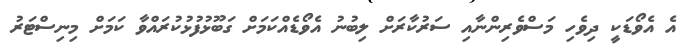
އެ އެވޯޑަކީ ދިވެހި މަސްވެރިންނާއި ސަރުކާރަށް ލިބުނު އެވޯޑެއްކަމަށް ގަބޫޅުފުޅުކުރައްވާ ކަމަށް މިނިސްޓަރު